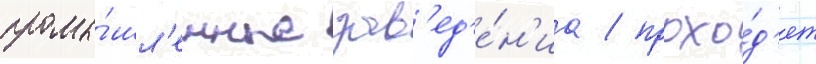
промы́шл'енные зав'ед'е́н'иа / прохо́д'ят